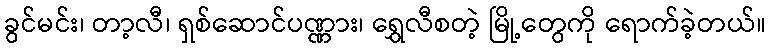
ခွင်မင်း၊ တာ့လီ၊ ရှစ်ဆောင်ပဏ္ဏား၊ ရွှေလီစတဲ့ မြို့တွေကို ရောက်ခဲ့တယ်။